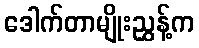
ဒေါက်တာမျိုးညွှန့်က